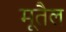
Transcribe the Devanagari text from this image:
मूतैल